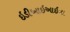
ઇડીઆઇઆઇના